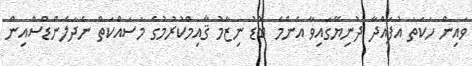
ވައިން ހަކަތަ އުފައްދާ ދުނިޔޭގައިވާ އެންމެ ބޮޑު ނިޒާމު ޤާއިމްކުރުމުގެ މަސައްކަތް ނެދަލެންޑްސްއިން